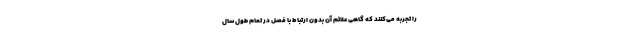
را تجربه می‌کنند که گاهی علائم آن بدون ارتباط با فصل در تمام طول سال